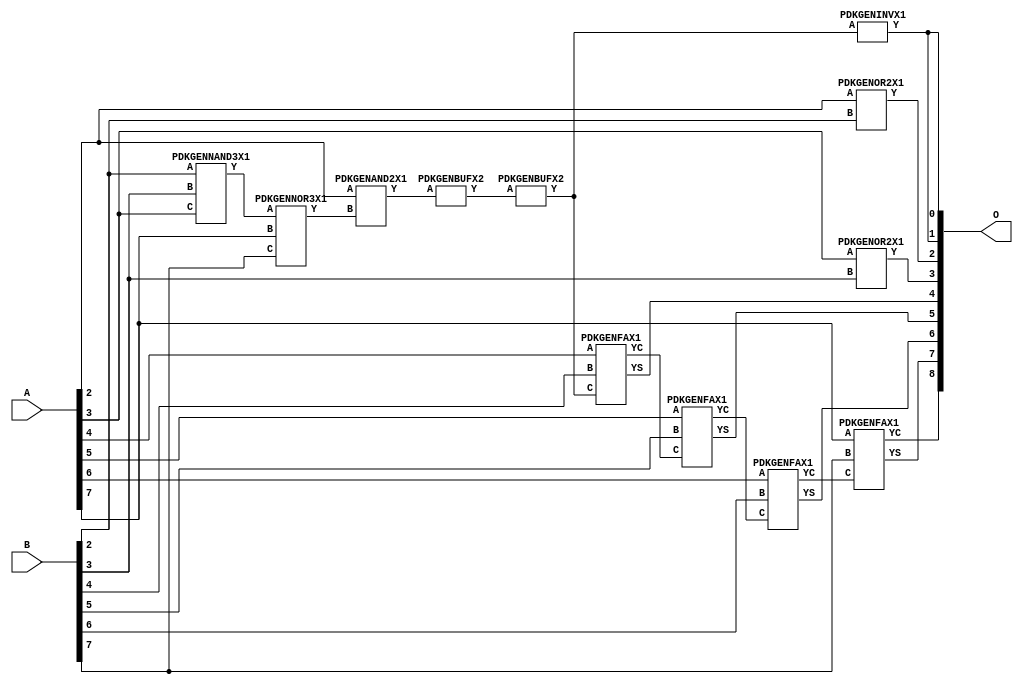
// Library = EvoApprox8b
// Circuit = add8_239
// Area   (180) = 740
// Delay  (180) = 1.370
// Power  (180) = 168.60
// Area   (45) = 54
// Delay  (45) = 0.520
// Power  (45) = 16.70
// Nodes = 12
// HD = 182528
// MAE = 3.53906
// MSE = 24.26562
// MRE = 1.77 %
// WCE = 15
// WCRE = 300 %
// EP = 85.6 %

module add8_239(A, B, O);
  input [7:0] A;
  input [7:0] B;
  output [8:0] O;
  wire [2031:0] N;

  assign N[0] = A[0];
  assign N[1] = A[0];
  assign N[2] = A[1];
  assign N[3] = A[1];
  assign N[4] = A[2];
  assign N[5] = A[2];
  assign N[6] = A[3];
  assign N[7] = A[3];
  assign N[8] = A[4];
  assign N[9] = A[4];
  assign N[10] = A[5];
  assign N[11] = A[5];
  assign N[12] = A[6];
  assign N[13] = A[6];
  assign N[14] = A[7];
  assign N[15] = A[7];
  assign N[16] = B[0];
  assign N[17] = B[0];
  assign N[18] = B[1];
  assign N[19] = B[1];
  assign N[20] = B[2];
  assign N[21] = B[2];
  assign N[22] = B[3];
  assign N[23] = B[3];
  assign N[24] = B[4];
  assign N[25] = B[4];
  assign N[26] = B[5];
  assign N[27] = B[5];
  assign N[28] = B[6];
  assign N[29] = B[6];
  assign N[30] = B[7];
  assign N[31] = B[7];

  PDKGENNAND3X1 n32(.A(N[20]), .B(N[22]), .C(N[6]), .Y(N[32]));
  assign N[33] = N[32];
  PDKGENNOR3X1 n38(.A(N[33]), .B(N[14]), .C(N[30]), .Y(N[38]));
  assign N[39] = N[38];
  PDKGENAND2X1 n52(.A(N[4]), .B(N[39]), .Y(N[52]));
  assign N[53] = N[52];
  PDKGENBUFX2 n54(.A(N[53]), .Y(N[54]));
  assign N[55] = N[54];
  PDKGENBUFX2 n78(.A(N[55]), .Y(N[78]));
  PDKGENINVX1 n126(.A(N[78]), .Y(N[126]));
  assign N[127] = N[126];
  PDKGENOR2X1 n132(.A(N[4]), .B(N[20]), .Y(N[132]));
  PDKGENOR2X1 n182(.A(N[6]), .B(N[22]), .Y(N[182]));
  PDKGENFAX1 n232(.A(N[8]), .B(N[24]), .C(N[78]), .YS(N[232]), .YC(N[233]));
  PDKGENFAX1 n282(.A(N[10]), .B(N[26]), .C(N[233]), .YS(N[282]), .YC(N[283]));
  PDKGENFAX1 n332(.A(N[12]), .B(N[28]), .C(N[283]), .YS(N[332]), .YC(N[333]));
  PDKGENFAX1 n382(.A(N[14]), .B(N[30]), .C(N[333]), .YS(N[382]), .YC(N[383]));

  assign O[0] = N[127];
  assign O[1] = N[126];
  assign O[2] = N[132];
  assign O[3] = N[182];
  assign O[4] = N[232];
  assign O[5] = N[282];
  assign O[6] = N[332];
  assign O[7] = N[382];
  assign O[8] = N[383];

endmodule
/* mod */
module PDKGENFAX1( input A, input B, input C, output YS, output YC );
    assign YS = (A ^ B) ^ C;
    assign YC = (A & B) | (B & C) | (A & C);
endmodule
/* mod */
module PDKGENNOR3X1(input A, input B, input C, output Y );
     assign Y = ~((A | B) | C);
endmodule
/* mod */
module PDKGENAND2X1(input A, input B, output Y );
     assign Y = A & B;
endmodule
/* mod */
module PDKGENINVX1(input A, output Y );
     assign Y = ~A;
endmodule
/* mod */
module PDKGENNAND3X1(input A, input B, input C, output Y );
     assign Y = ~((A & B) & C);
endmodule
/* mod */
module PDKGENBUFX2(input A, output Y );
     assign Y = A;
endmodule
/* mod */
module PDKGENOR2X1(input A, input B, output Y );
     assign Y = A | B;
endmodule